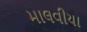
માલવીયા